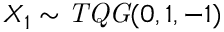
X _ { 1 } \sim \mathit { T Q G } ( 0 , 1 , - 1 )